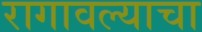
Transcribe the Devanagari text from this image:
रागावल्याचा